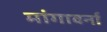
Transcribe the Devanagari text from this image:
मांगावर्ना